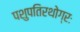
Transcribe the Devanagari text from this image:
पशुपतिरथोग्रः